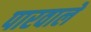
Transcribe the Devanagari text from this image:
पारवाले